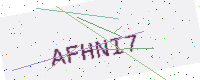
Text: AFHNI7